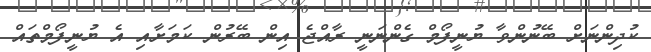
ކުދިންނަށް ބޭނުންވާ ޔުނީފޯމް ގެންނަނީ ރާއްޖެ އިން ބޭރުން ކަމަށާއި އެ ޔުނީފޯމްތައް